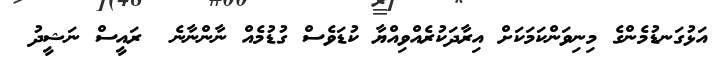
އަޅުގަނޑުމެންގެ މިނިވަންކަމަކަށް އިރާދަކުރެއްވިއްޔާ ކުޑަވެސް ގުޑުމެއް ނާންނާނެ  ރައީސް ނަޝީދު